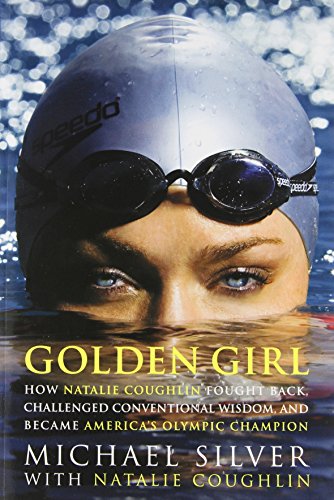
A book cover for Golden Girl; Michael Silver; Sports & Outdoors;